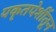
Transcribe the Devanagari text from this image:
यकृतपेशींतून